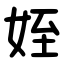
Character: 姪